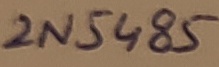
Text: 2N5485